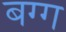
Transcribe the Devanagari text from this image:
बग्ग